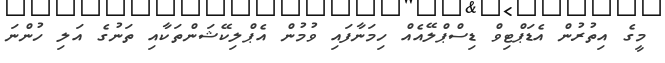
މީގެ އިތުރުން އެޑަޕްޓިވް ޑިސްޕްލޭއެއް ހިމަނާފައި ވުމުން އެޕްލިކޭޝަންތަކާއި ތަނުގެ އަލި ހުންނަ